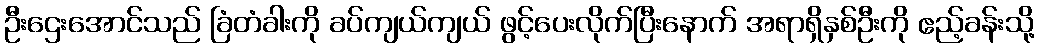
ဦးဌေးအောင်သည် ခြံတံခါးကို ခပ်ကျယ်ကျယ် ဖွင့်ပေးလိုက်ပြီးနောက် အရာရှိနှစ်ဦးကို ဧည့်ခန်းသို့